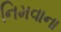
નિમવાના